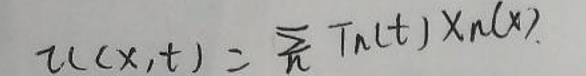
$u(x,t)=\sum_{n}T_{n}(t)X_{n}(x)$